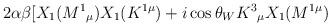
LaTeX: \begin{align*}2\alpha \beta \lbrack X_{1}(M^{1}{}_{\mu })X_{1}(K^{1\mu })+i\cos \theta_{W}K^{3}{}_{\mu }X_{1}(M^{1\mu })\end{align*}